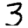
Digit: 3